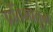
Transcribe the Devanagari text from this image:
प्रतिमातुन